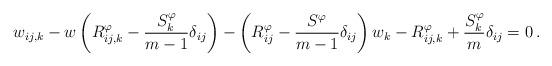
LaTeX: \begin{align*} w_{ij,k} - w\left( R^\varphi_{ij,k} - \frac{S^\varphi_k}{m-1}\delta_{ij} \right) - \left( R^\varphi_{ij} - \frac{S^\varphi}{m-1} \delta_{ij} \right) w_k - R^\varphi_{ij,k} + \frac{S^\varphi_k}{m} \delta_{ij} = 0 \, .\end{align*}